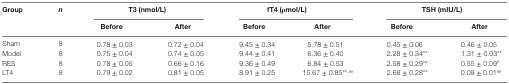
<table><thead><tr><td rowspan="2"><b>Group</b></td><td rowspan="2"><b><i>n</i></b></td><td colspan="2"><b>T3 (nmol/L)</b></td><td colspan="2"><b>fT4 (ρmol/L)</b></td><td colspan="2"><b>TSH (mIU/L)</b></td></tr><tr><td><b>Before</b></td><td><b>After</b></td><td><b>Before</b></td><td><b>After</b></td><td><b>Before</b></td><td><b>After</b></td></tr></thead><tbody><tr><td>Sham</td><td>8</td><td>0.78 ± 0.03</td><td>0.72 ± 0.04</td><td>9.45 ± 0.34</td><td>5.78 ± 0.51</td><td>0.45 ± 0.06</td><td>0.46 ± 0.05</td></tr><tr><td>Model</td><td>8</td><td>0.75 ± 0.04</td><td>0.74 ± 0.05</td><td>9.44 ± 0.41</td><td>6.36 ± 0.40</td><td>2.28 ± 0.34**</td><td>1.31 ± 0.03**</td></tr><tr><td>RES</td><td>8</td><td>0.78 ± 0.05</td><td>0.66 ± 0.16</td><td>9.36 ± 0.49</td><td>6.84 ± 0.53</td><td>2.58 ± 0.29**</td><td>0.55 ± 0.09<sup>#</sup></td></tr><tr><td>LT4</td><td>8</td><td>0.79 ± 0.02</td><td>0.81 ± 0.05</td><td>8.91 ± 0.25</td><td>15.67 ± 0.85**<sup>,##</sup></td><td>2.68 ± 0.28**</td><td>0.09 ± 0.01<sup>##</sup></td></tr></tbody></table>